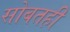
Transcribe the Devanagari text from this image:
सोबतही